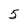
Character: 5